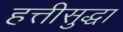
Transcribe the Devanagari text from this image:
हत्तीसुद्धा